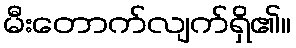
မီးတောက်လျက်ရှိ၏။